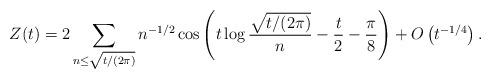
LaTeX: \begin{align*}Z(t) = 2 \sum_{ n\leq \sqrt{t/(2\pi)}} n^{-1/2} \cos \left( t \log \frac{ \sqrt{t/(2\pi)}}{n} - \frac{t}{2} - \frac{\pi}{8} \right) + O\left( t^{-1/4} \right).\end{align*}